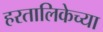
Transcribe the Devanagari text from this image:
हरतालिकेच्या